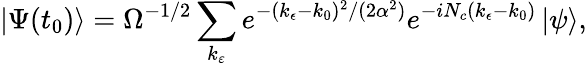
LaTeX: \left\vert\Psi(t_{0})\right\rangle=\Omega^{-1/2}\sum_{k_{\varepsilon}}e^{-(k_{\epsilon}-k_{0})^{2}/(2\alpha^{2})}e^{-iN_{c}(k_{\epsilon}-k_{0})}\left\vert\psi\right\rangle,